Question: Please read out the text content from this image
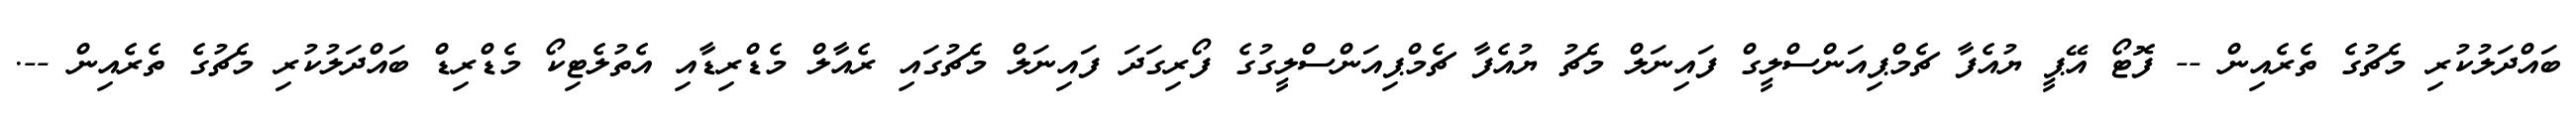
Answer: ބައްދަލުކުރި މެޗުގެ ތެރެއިން -- ފޮޓޯ އޭޕީ ޔުއެފާ ޗެމްޕިއަންސްލީގް ފައިނަލް މެޗު ޔުއެފާ ޗެމްޕިއަންސްލީގުގެ ފޯރިގަދަ ފައިނަލް މެޗުގައި ރެއާލް މެޑްރިޑާއި އެތުލެޓިކޯ މެޑްރިޑް ބައްދަލުކުރި މެޗުގެ ތެރެއިން --.